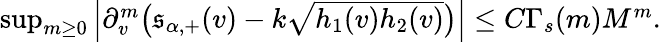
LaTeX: \begin{array}{r}{\operatorname*{sup}_{m\geq 0}\left|\partial_{v}^{m}\big(\mathfrak{s}_{\alpha,+}(v)-k\sqrt{h_{1}(v)h_{2}(v)}\big)\right|\leq C\Gamma_{s}(m)M^{m}.}\end{array}